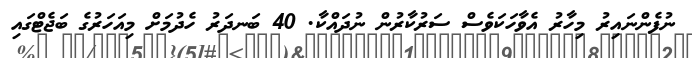
ނުފެންނައިރު މިހާރު އެވާހަކަވެސް ސަރުކާރުން ނުދައްކާ. 40 ބަނދަރު ހެދުމަށް މިއަހަރުގެ ބަޖެޓްގައި